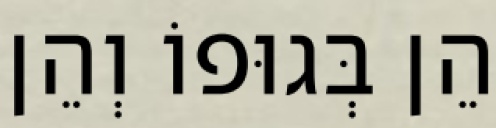
הֵן בְּגוּפוֹ וְהֵן